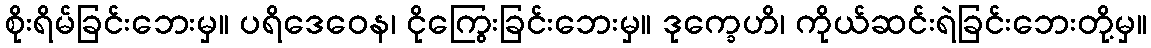
စိုးရိမ်ခြင်းဘေးမှ။ ပရိဒေဝေန၊ ငိုကြွေးခြင်းဘေးမှ။ ဒုက္ခေဟိ၊ ကိုယ်ဆင်းရဲခြင်းဘေးတို့မှ။